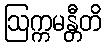
ဩက္ကမန္တီတိ